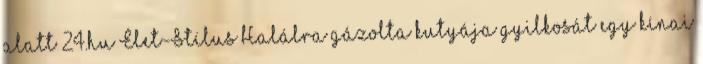
alatt 24.hu Élet-Stílus Halálra gázolta kutyája gyilkosát egy kínai